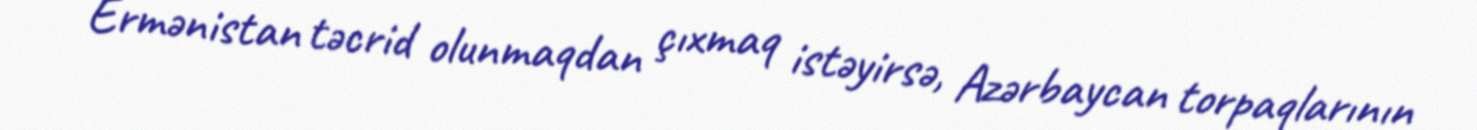
Ermənistan təcrid olunmaqdan çıxmaq istəyirsə, Azərbaycan torpaqlarının